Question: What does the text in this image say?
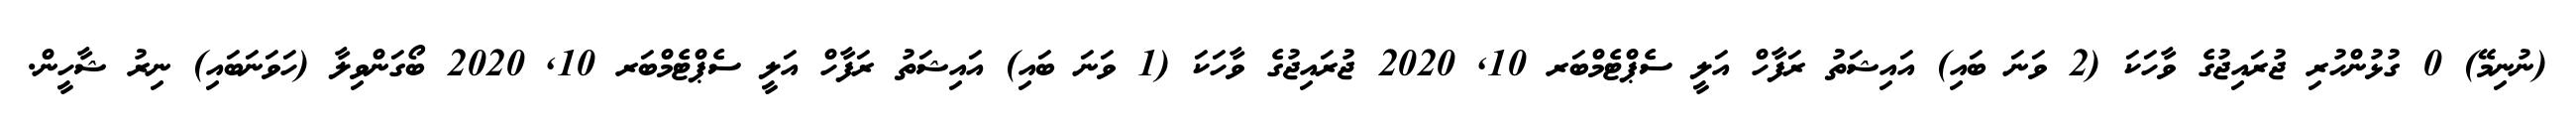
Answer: (ނުނިމޭ) 0 ގުޅުންހުރި ޖުރައިޖުގެ ވާހަކަ (2 ވަނަ ބައި) އައިޝަތު ރަފާހް އަލީ ސެޕްޓެމްބަރ 10, 2020 ޖުރައިޖުގެ ވާހަކަ (1 ވަނަ ބައި) އައިޝަތު ރަފާހް އަލީ ސެޕްޓެމްބަރ 10, 2020 ބޯގަންވިލާ (ހަވަނަބައި) ނިރު ޝާހީން.